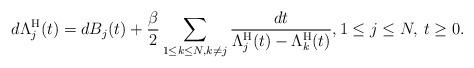
LaTeX: \begin{align*}d \Lambda_j^{\rm H}(t)= d B_j(t) + \frac{\beta}{2}\sum_{1 \leq k \leq N, k \not=j}\frac{dt}{\Lambda_j^{\rm H}(t)-\Lambda_k^{\rm H}(t)},1 \leq j \leq N, \, t \geq 0.\end{align*}